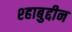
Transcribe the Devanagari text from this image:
श्हाबुद्दीन